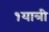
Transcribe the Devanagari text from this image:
१यात्री